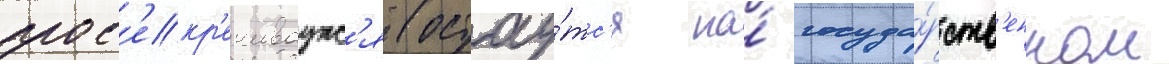
зас'екр'ечиваутс'я (остау́тс'я на́ госуда́рств'енном